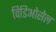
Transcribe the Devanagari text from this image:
विडिओसेल